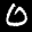
Label: 0